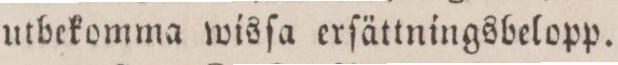
utbekomma wisſa erſättningsbelopp.